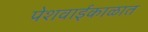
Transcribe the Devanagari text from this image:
पेशवाईकाळात